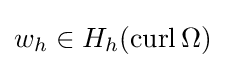
w_{h}\in H_{h}(\operatorname {curl} \Omega )